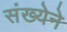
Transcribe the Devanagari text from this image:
संख्‍येने